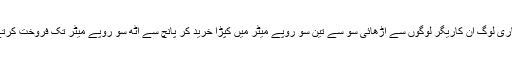
کاروباری لوگ ان کاریگر لوگوں سے اڑھائی سو سے تین سو روپے میٹر میں کپڑا خرید کر پانچ سے آٹھ سو روپے میٹر تک فروخت کرتے ہیں۔